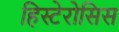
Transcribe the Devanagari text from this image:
हिस्टेरोसिस